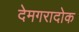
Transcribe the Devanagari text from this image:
देमगरादोक